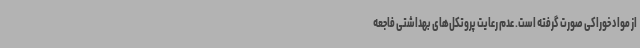
از مواد خوراکی صورت گرفته است. عدم رعایت پروتکل‌های بهداشتی فاجعه